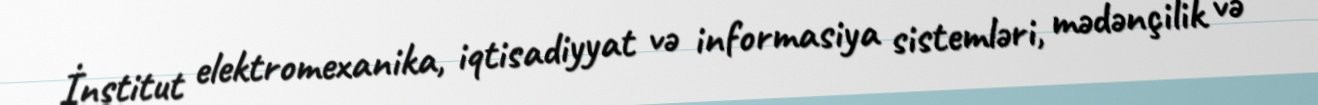
İnstitut elektromexanika, iqtisadiyyat və informasiya sistemləri, mədənçilik və